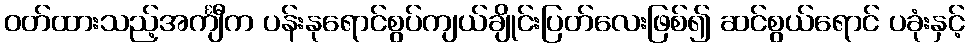
ဝတ်ထားသည့်အင်္ကျီက ပန်းနုရောင်စွပ်ကျယ်ချိုင်းပြတ်လေးဖြစ်၍ ဆင်စွယ်ရောင် ပခုံးနှင့်